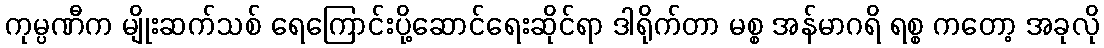
ကုမ္ပဏီက မျိုးဆက်သစ် ရေကြောင်းပို့ဆောင်ရေးဆိုင်ရာ ဒါရိုက်တာ မစ္စ အန်မာဂရိ ရစ္စ ကတော့ အခုလို